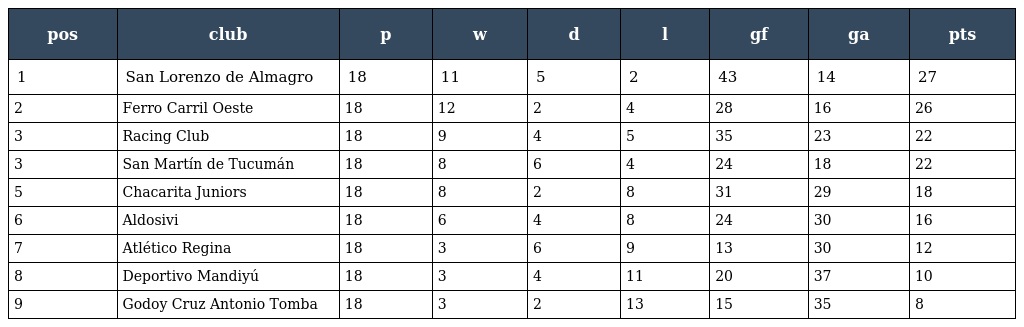
| pos | club | p | w | d | l | gf | ga | pts |
 | --- | --- | --- | --- | --- | --- | --- | --- | --- |
 | 1 | San Lorenzo de Almagro | 18 | 11 | 5 | 2 | 43 | 14 | 27 |
 | 2 | Ferro Carril Oeste | 18 | 12 | 2 | 4 | 28 | 16 | 26 |
 | 3 | Racing Club | 18 | 9 | 4 | 5 | 35 | 23 | 22 |
 | 3 | San Martín de Tucumán | 18 | 8 | 6 | 4 | 24 | 18 | 22 |
 | 5 | Chacarita Juniors | 18 | 8 | 2 | 8 | 31 | 29 | 18 |
 | 6 | Aldosivi | 18 | 6 | 4 | 8 | 24 | 30 | 16 |
 | 7 | Atlético Regina | 18 | 3 | 6 | 9 | 13 | 30 | 12 |
 | 8 | Deportivo Mandiyú | 18 | 3 | 4 | 11 | 20 | 37 | 10 |
 | 9 | Godoy Cruz Antonio Tomba | 18 | 3 | 2 | 13 | 15 | 35 | 8 |